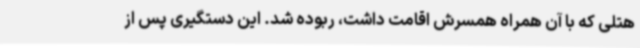
هتلی که با آن همراه همسرش اقامت داشت، ربوده شد. این دستگیری پس از